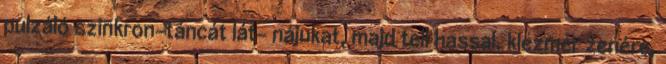
pulzáló szinkron-táncát lát- nájukat, majd teli hassal, klezmer zenére,